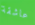
عاشقة